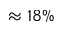
\approx 1 8 \%